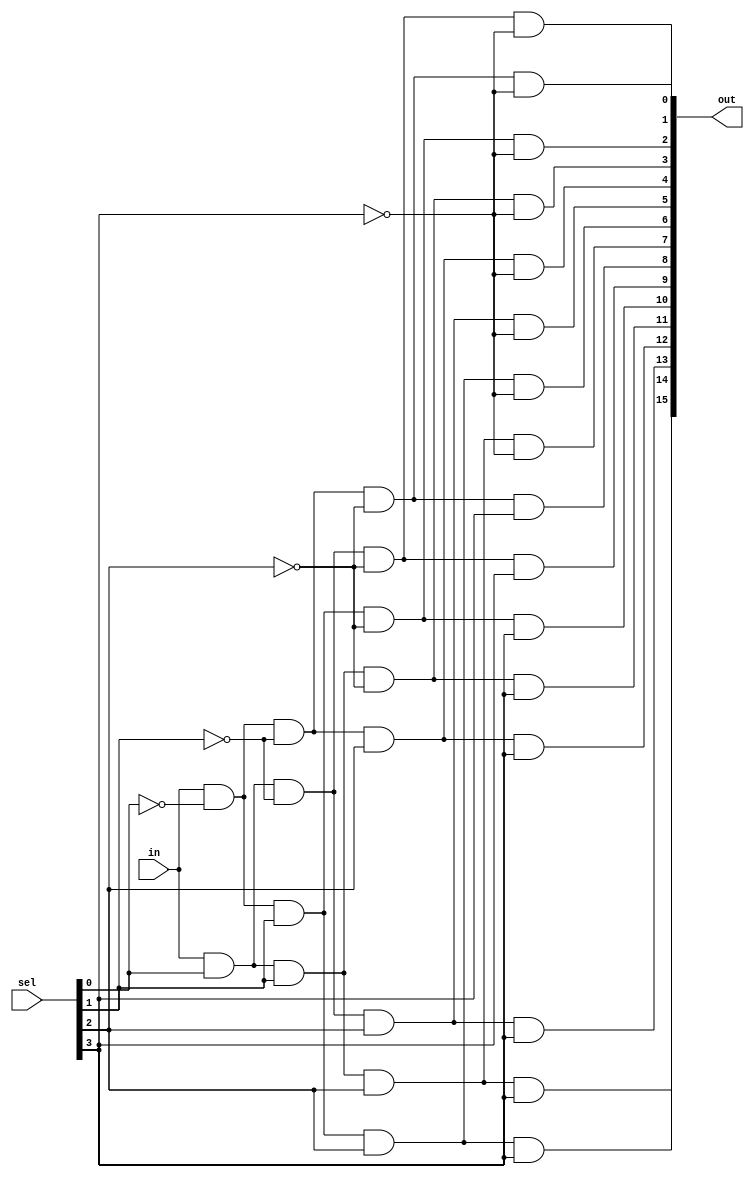
module demux(
	output[15:0] out,
	input in,
	input[3:0] sel
);
	wire[3:0] selbar;
	genvar i;
	generate
		for(i=0;i<4;i=i+1)
		begin: ng
			not n(selbar[i],sel[i]);
		end
	endgenerate
	and a0(out[0],in,selbar[0],selbar[1],selbar[2],selbar[3]);
	and a1(out[1],in,sel[0],selbar[1],selbar[2],selbar[3]);
	and a2(out[2],in,selbar[0],sel[1],selbar[2],selbar[3]);
	and a3(out[3],in,sel[0],sel[1],selbar[2],selbar[3]);
	and a4(out[4],in,selbar[0],selbar[1],sel[2],selbar[3]);
	and a5(out[5],in,sel[0],selbar[1],sel[2],selbar[3]);
	and a6(out[6],in,selbar[0],sel[1],sel[2],selbar[3]);
	and a7(out[7],in,sel[0],sel[1],sel[2],selbar[3]);
	and a8(out[8],in,selbar[0],selbar[1],selbar[2],sel[3]);
	and a9(out[9],in,sel[0],selbar[1],selbar[2],sel[3]);
	and a10(out[10],in,selbar[0],sel[1],selbar[2],sel[3]);
	and a11(out[11],in,sel[0],sel[1],selbar[2],sel[3]);
	and a12(out[12],in,selbar[0],selbar[1],sel[2],sel[3]);
	and a13(out[13],in,sel[0],selbar[1],sel[2],sel[3]);
	and a14(out[14],in,selbar[0],sel[1],sel[2],sel[3]);
	and a15(out[15],in,sel[0],sel[1],sel[2],sel[3]);
endmodule